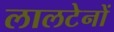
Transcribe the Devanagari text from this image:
लालटेनों